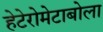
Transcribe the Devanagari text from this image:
हेटेरोमेटाबोला